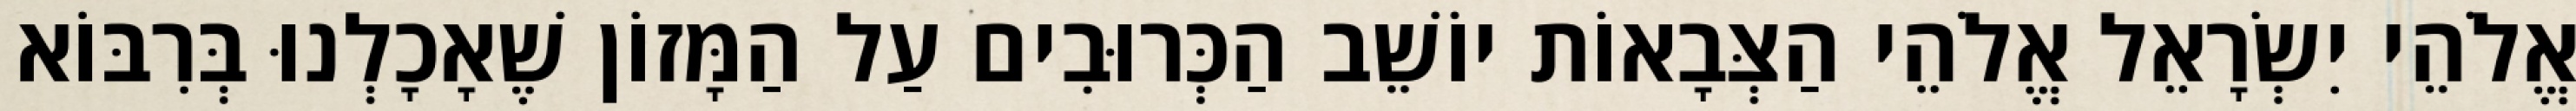
אֱלֹהֵי יִשְׂרָאֵל אֱלֹהֵי הַצְּבָאוֹת יוֹשֵׁב הַכְּרוּבִים עַל הַמָּזוֹן שֶׁאָכָלְנוּ בְּרִבּוֹא